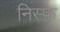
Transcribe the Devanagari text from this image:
निस्फ़